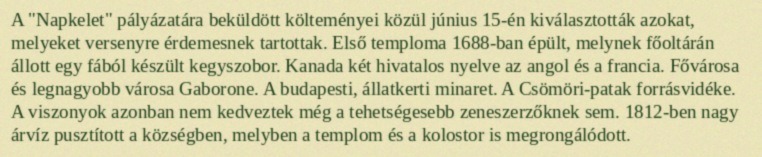
A "Napkelet" pályázatára beküldött költeményei közül június 15-én kiválasztották azokat, melyeket versenyre érdemesnek tartottak. Első temploma 1688-ban épült, melynek főoltárán állott egy fából készült kegyszobor. Kanada két hivatalos nyelve az angol és a francia. Fővárosa és legnagyobb városa Gaborone. A budapesti, állatkerti minaret. A Csömöri-patak forrásvidéke. A viszonyok azonban nem kedveztek még a tehetségesebb zeneszerzőknek sem. 1812-ben nagy árvíz pusztított a községben, melyben a templom és a kolostor is megrongálódott.